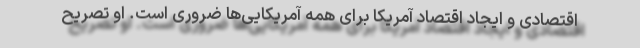
اقتصادی و ایجاد اقتصاد آمریکا برای همه آمریکایی‌ها ضروری است. او تصریح